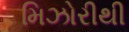
મિઝોરીથી